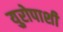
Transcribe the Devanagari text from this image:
युरोपाशी